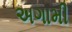
અગામી